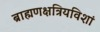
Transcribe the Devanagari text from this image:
ब्राह्मणक्षत्रियविशां